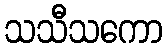
သသီသကော